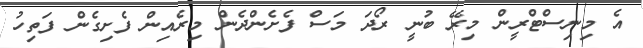
އެ މިނިސްޓްރީން މިރޭ ބުނީ ރޯދަ މަސް ފެށެންދެން މިރެއިން ފެށިގެން ފަތިހު